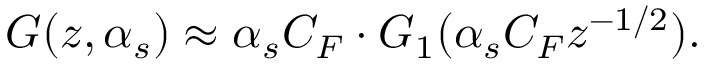
G ( z , \alpha _ { s } ) \approx \alpha _ { s } C _ { F } \cdot G _ { 1 } ( \alpha _ { s } C _ { F } z ^ { - 1 / 2 } ) .